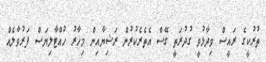
ތުރުކީގެ ރައީސް ވިދާޅުވީ ގުދުރަތީ ގޭސް އެތެރެކުރުން ރަޝިޔާއިން މިހާރު ހުއްޓާލިޔަސް ފަރުވާލެއް